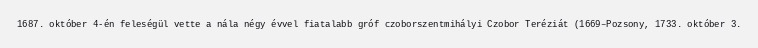
1687. október 4-én feleségül vette a nála négy évvel fiatalabb gróf czoborszentmihályi Czobor Teréziát (1669–Pozsony, 1733. október 3.